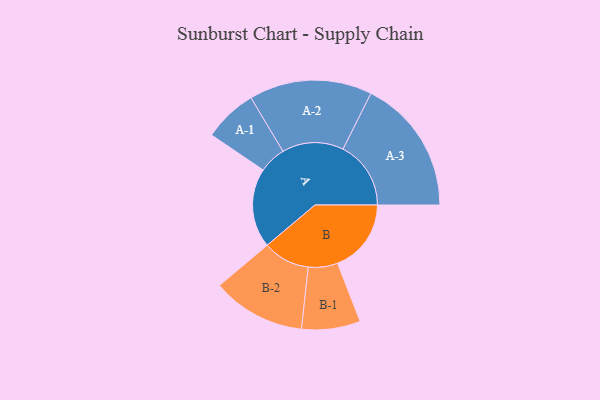
{"axis": {"x": "Segment", "y": "Value"}, "legend": ["", "A", "B"], "data": [{"x": "A", "y": 346, "type": ""}, {"x": "B", "y": 321, "type": ""}, {"x": "A-1", "y": 117, "type": "A"}, {"x": "A-2", "y": 268, "type": "A"}, {"x": "A-3", "y": 296, "type": "A"}, {"x": "B-1", "y": 128, "type": "B"}, {"x": "B-2", "y": 204, "type": "B"}]}